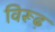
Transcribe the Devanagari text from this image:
विरूढ़